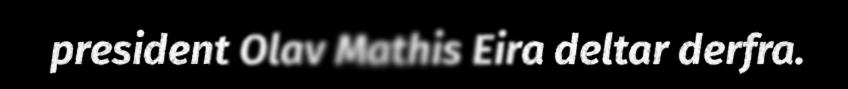
president Olav Mathis Eira deltar derfra.